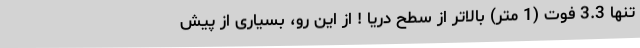
تنها 3.3 فوت (1 متر) بالاتر از سطح دریا ! از این رو، بسیاری از پیش